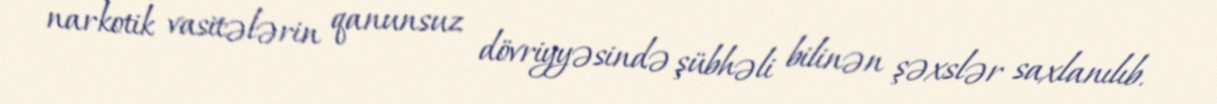
narkotik vasitələrin qanunsuz dövriyyəsində şübhəli bilinən şəxslər saxlanılıb.